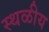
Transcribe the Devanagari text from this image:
स्थळीय